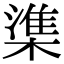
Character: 𬄕